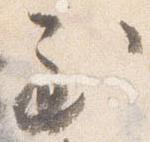
至